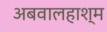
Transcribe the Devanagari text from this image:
अबवालहाश्म